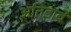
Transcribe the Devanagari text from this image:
अतिडावे